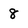
Character: 8